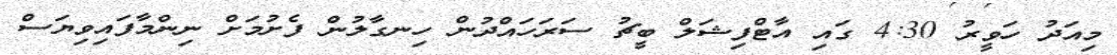
މިއަދު ހަވީރު 4:30 ގައި އާޓްފިޝަލް ބީޗު ސަރަހައްދުން ހިނގާލުން ފެށުމަށް ނިންމާފައިވިޔަސް